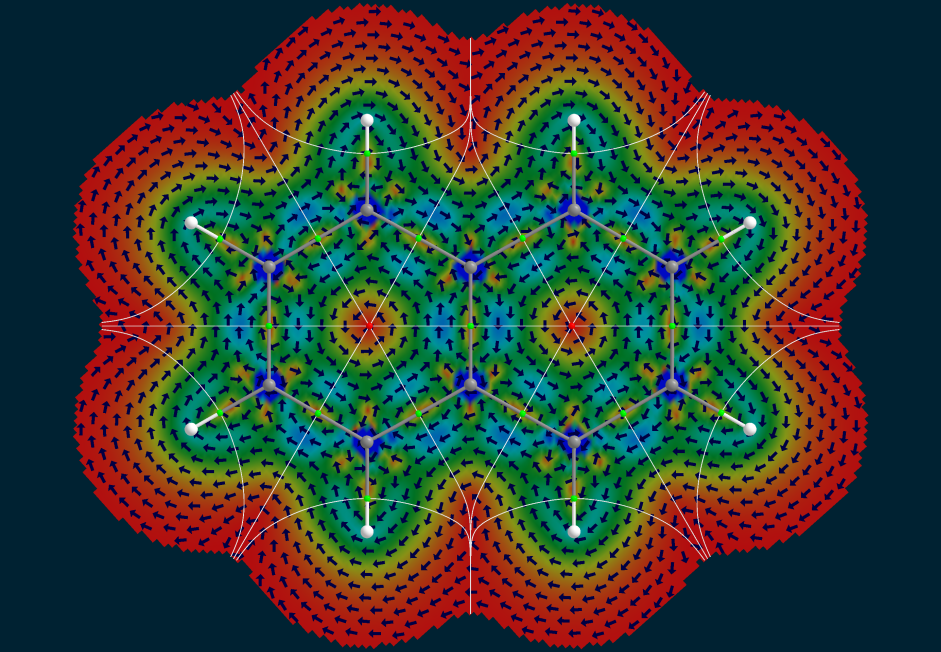
aimaii, QTAIM, iso surface, vector field